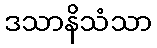
ဒသာနိသံသာ